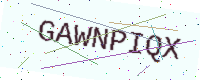
Text: GAWNPIQX